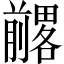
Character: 𱐨